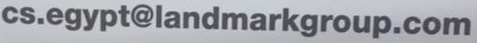
cs.egypt@landmarkgroup.com